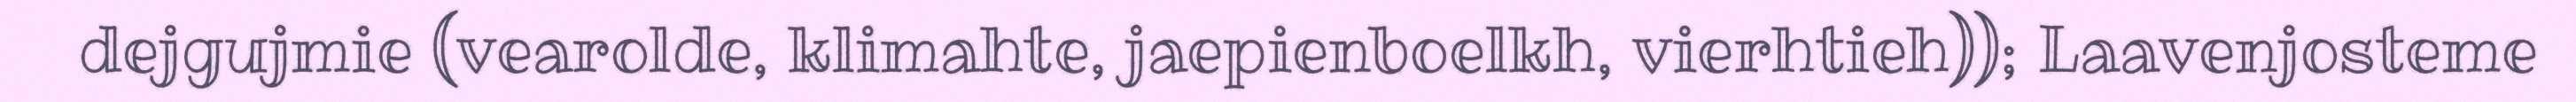
dejgujmie (vearolde, klimahte, jaepienboelkh, vierhtieh)); Laavenjosteme